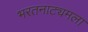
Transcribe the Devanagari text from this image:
भरतनाट्यमला